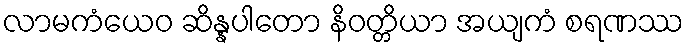
လာမကံယေဝ ဆိန္နပါတော နိဝတ္တိယာ အယျကံ စရဏဿ